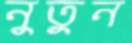
নুতুন